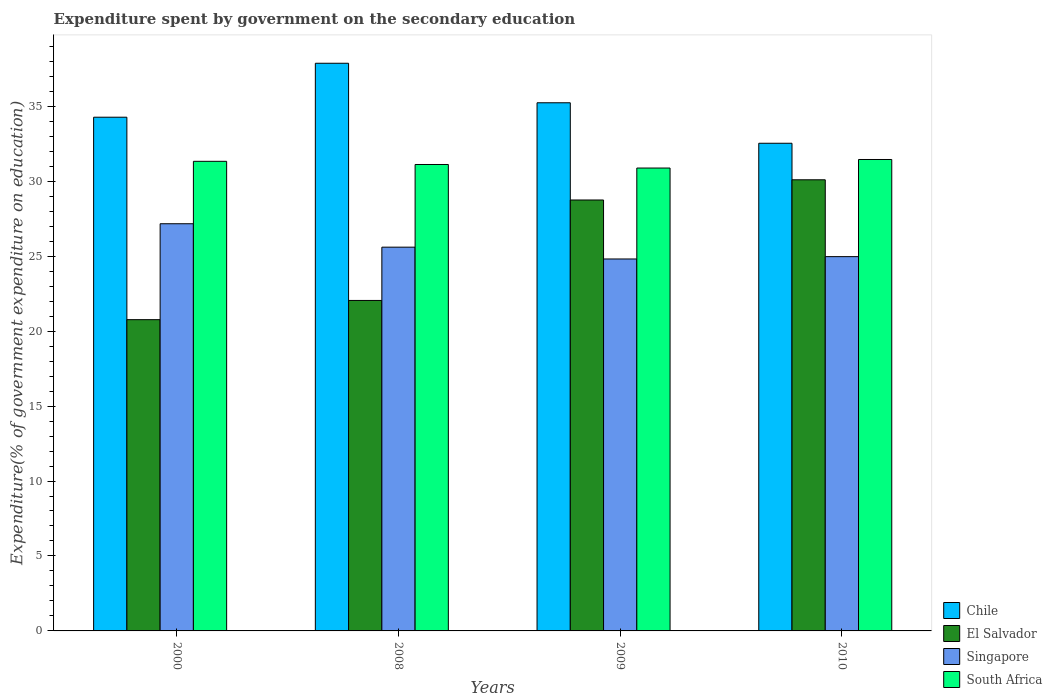
| Years | Chile | El Salvador | Singapore | South Africa |
 | --- | --- | --- | --- | --- |
 | 2000 | 34.3 | 20.8 | 27.2 | 31.3 |
 | 2008 | 37.9 | 22 | 25.6 | 31.1 |
 | 2009 | 35.2 | 28.7 | 24.8 | 30.9 |
 | 2010 | 32.5 | 30.1 | 25 | 31.4 |